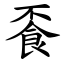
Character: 䬩